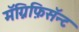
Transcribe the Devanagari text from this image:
मॅग्निफ़िसॅन्ट